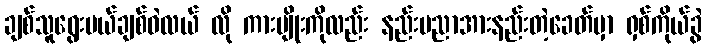
ချစ်သူရွေးမယ်ချစ်ဝဲလယ် လို ကားမျိုးကိုလည်း နည်းပညာအားနည်းတဲ့ခေတ်မှာ ရှစ်ကိုယ်ခွဲ